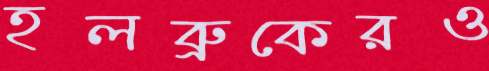
হলব্রুকেরও